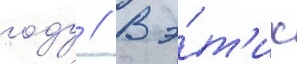
году // В э́т'их